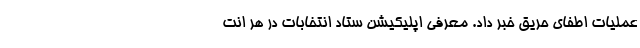
عملیات اطفای حریق خبر داد. معرفی اپلیکیشن ستاد انتخابات در هر انت